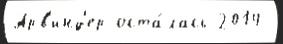
Арв'инд'ер оста́лась 2014